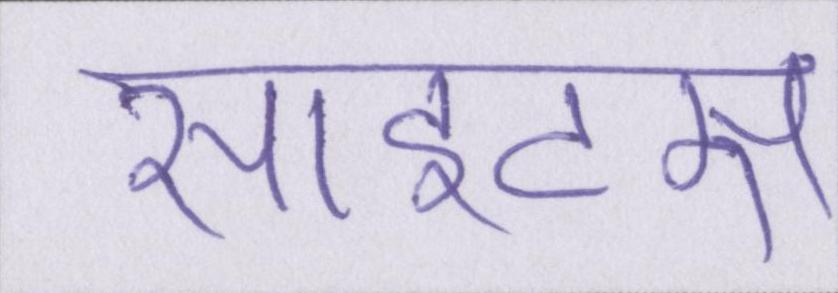
साइट्स